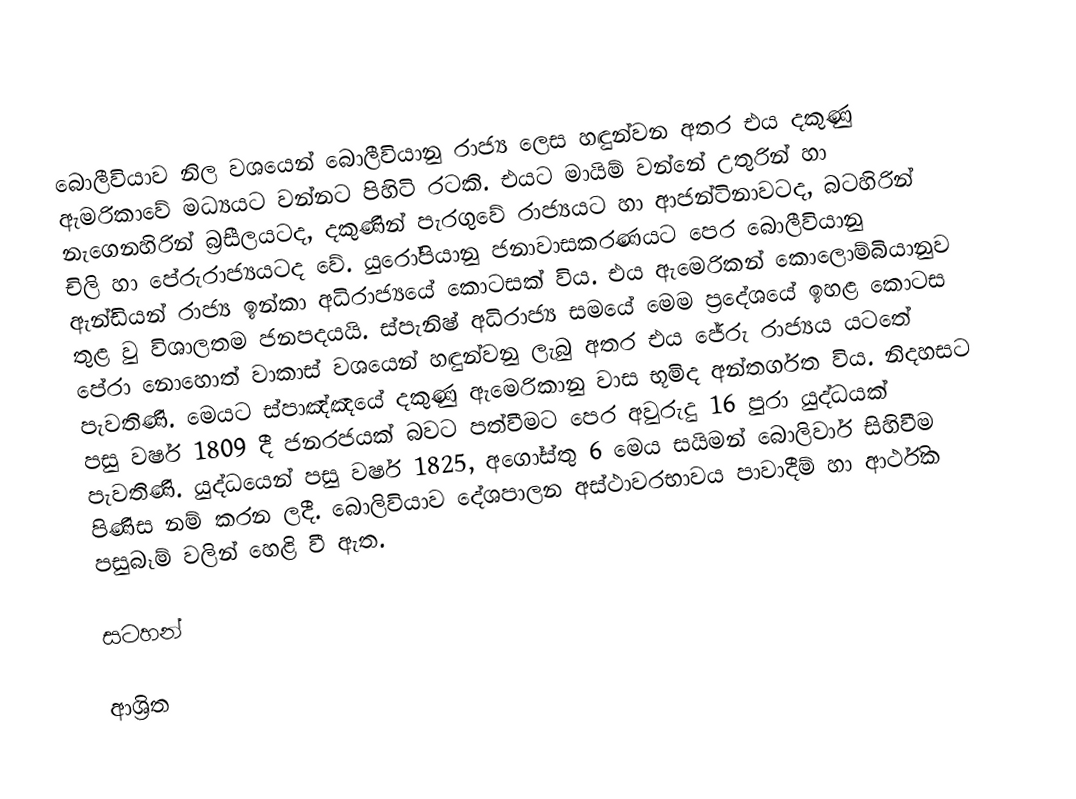
බොලීවියාව නිල වශයෙන් බොලීවියානු රාජ්‍ය ලෙස හඳුන්වන අතර එය දකුණු ඇමරිකාවේ මධ්‍යයට වන්නට පිහිටි රටකි. එයට මායිම් වන්නේ උතුරින් හා නැගෙනහිරින් බ්‍රසීලයටද, දකුණින් පැරගුවේ රාජ්‍යයට හා ආජන්ටිනාවටද, බටහිරින් චිලි හා පේරුරාජ්‍යයටද වේ. යුරෝපියානු ජනාවාසකරණයට පෙර බොලීවියානු ඇන්ඩියන් රාජ්‍ය ඉන්කා අධිරාජ්‍යයේ කොටසක් විය. එය ඇමෙරිකන් කොලොම්බියානුව තුළ වු විශාලතම ජනපදයයි. ස්පැනිෂ් අධිරාජ්‍ය සමයේ මෙම ප්‍රදේශයේ ඉහළ කොටස පේරා නොහොත් වාකාස් වශයෙන් හඳුන්වනු ලැබු අතර එය ජේරු රාජ්‍යය යටතේ පැවතිණි. මෙයට ස්පාඤ්ඤයේ දකුණු ඇමෙරිකානු වාස භූමිද අන්තර්ගත විය. නිදහසට පසු  වර්ෂ 1809 දී ජනරජයක් බවට පත්වීමට පෙර අවුරුදු  16 පුරා යුද්ධයක් පැවතිණි. යුද්ධයෙන් පසු වර්ෂ 1825, අගෝස්තු 6 මෙය සයිමන් බොලිවාර් සිහිවීම පිණිස නම් කරන ලදී. බොලිවියාව දේශපාලන අස්ථාවරභාවය පාවාදීම් හා ආර්ථික පසුබෑම් වලින් හෙළි වී ඇත.

සටහන්

ආශ්‍රිත